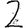
Digit: 2